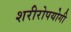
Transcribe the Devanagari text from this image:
शरीरोपयोगी